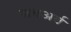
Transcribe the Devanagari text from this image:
सबअर्ब